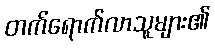
တက်ရောက်လာသူများ၏